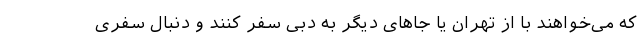
که می‌خواهند با از تهران یا جاهای دیگر به دبی سفر کنند و دنبال سفری